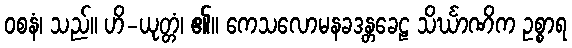
ဝစနံ၊ သည်။ ဟိ-ယုတ္တံ၊ ၏။ ကေသလောမနခဒန္တခေဠ သိင်္ဃာဏိက ဥစ္စာရ